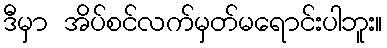
ဒီမှာ အိပ်စင်လက်မှတ်မရောင်းပါဘူး။